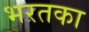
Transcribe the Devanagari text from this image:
भरतका